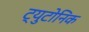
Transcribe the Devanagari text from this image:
ट्युटोनिक